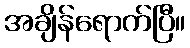
အချိန်ရောက်ပြီ။